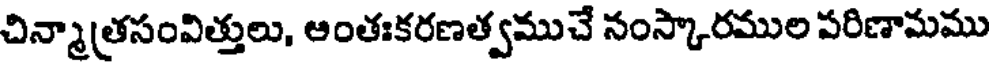
చిన్మాత్రసంవిత్తులు, ఆంతఃకరణత్వముచే నంస్కారముల పరిణామము